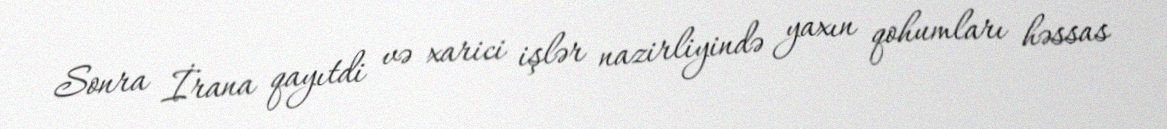
Sonra İrana qayıtdi və xarici işlər nazirliyində yaxın qohumları həssas